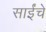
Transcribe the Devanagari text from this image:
साईंचे